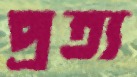
প্রত্য